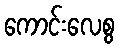
ကောင်းလေစွ